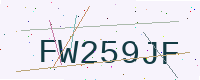
Text: FW259JF